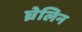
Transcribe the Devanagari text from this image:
घ्रेलिन